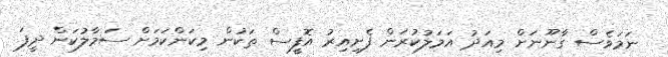
ނަމަވެސް ގާނޫނަށް މިއަދު އަމަލުކުރަން ފެށިއިރު އޮފީސް ތަކުން މިކަންކަމަށް ސަމާލުކަން ދީފަ